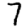
Digit: 7